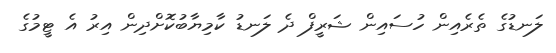
ލަނޑުގެ ތެރެއިން ހުސައިން ޝަރީފް ދެ ލަނޑު ކާމިޔާބުކޮށްދިން އިރު އެ ޓީމުގެ